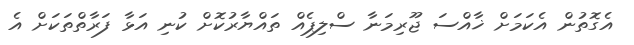
އެގޮތުން އެކަމަށް ޚާއްސަ ޖޫރިމަނާ ސްލިޕެއް ތައްޔާރުކޮށް ކުނި އަޅާ ފަރާތްތަކަށް އެ